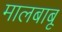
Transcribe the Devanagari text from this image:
मालबाबू